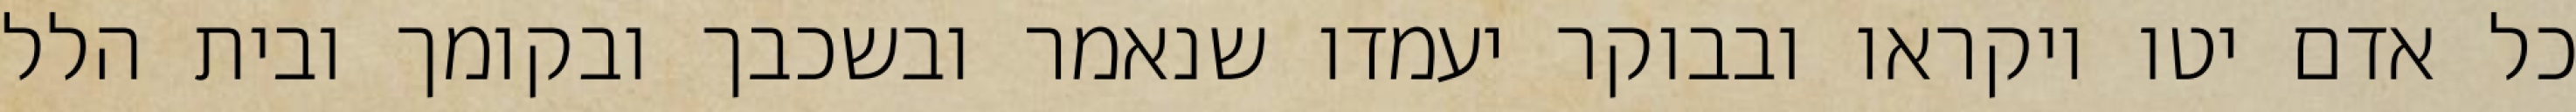
כל אדם יטו ויקראו ובבוקר יעמדו שנאמר ובשכבך ובקומך ובית הלל